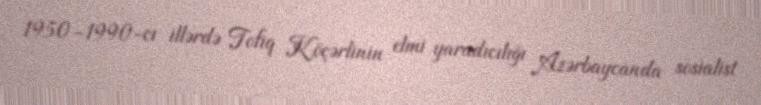
1950–1990-cı illərdə Tofiq Köçərlinin elmi yaradıcılığı Azərbaycanda sosialist